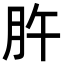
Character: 㬳